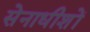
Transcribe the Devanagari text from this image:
सेनाधीशों